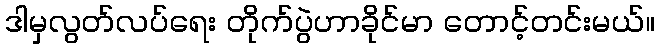
ဒါမှလွတ်လပ်ရေး တိုက်ပွဲဟာခိုင်မာ တောင့်တင်းမယ်။